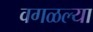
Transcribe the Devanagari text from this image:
वगळल्या